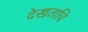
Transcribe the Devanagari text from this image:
देखताचि